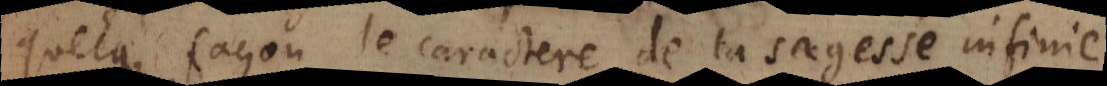
quelque façon le caractere de la sagesse infinie